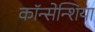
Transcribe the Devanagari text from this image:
कॉन्सेन्शिया